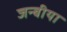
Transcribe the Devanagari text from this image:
जन्बीया